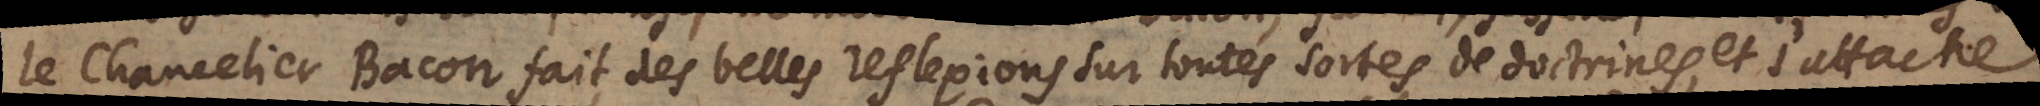
Le Chancelier Bacon fait des belles reflexions sur toutes sortes de doctrines, et s’attache